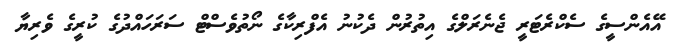
އޭއެންސީގެ ސެކްރެޓަރީ ޖެނެރަލްގެ އިތުރުން ދެކުނު އެފްރިކާގެ ނޯތުވެސްޓް ސަރަހައްދުގެ ކުރީގެ ވެރިޔާ